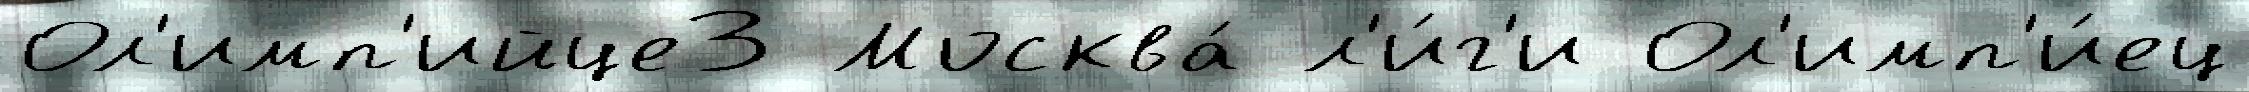
Ол'имп'ийце3 Москва́ л'и́г'и Ол'имп'и́ец